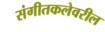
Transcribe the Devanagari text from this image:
संगीतकलेवरील